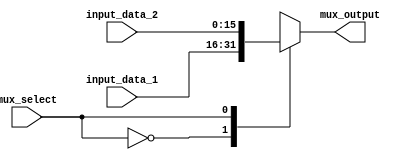
module Mux_16
#(parameter DATA_WIDTH = 16)
(
	input mux_select,
	input [(DATA_WIDTH-1):0] input_data_1, input_data_2,
	output reg [(DATA_WIDTH-1):0] mux_output
);

	always @ ( * ) 
	begin
		case( mux_select )
			1'b0 : mux_output = input_data_1;
			1'b1 : mux_output = input_data_2;
		endcase
	end

endmodule